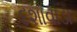
દશાવાડા